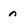
Character: n